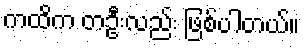
ကထိက တဦးလည်း ဖြစ်ပါတယ်။